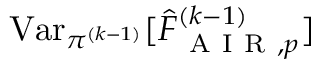
\operatorname { V a r } _ { \pi ^ { ( k - 1 ) } } [ \widehat { F } _ { \mathrm { ~ A ~ I ~ R ~ } , p } ^ { ( k - 1 ) } ]